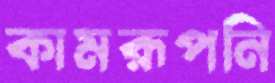
কামরূপনি